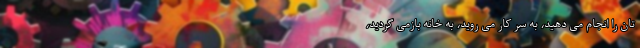
‌تان را انجام می ‌دهید، به سر کار می‌ روید، به خانه بازمی ‌گردید،